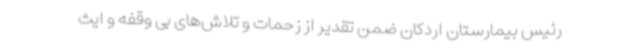
رئیس بیمارستان اردکان ضمن تقدیر از زحمات و تلاش‌های بی وقفه و ایث